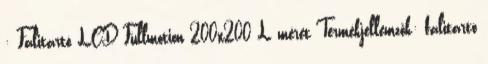
: Falitartó LCD Fullmotion 200x200 L méret Termékjellemzők: falitartó